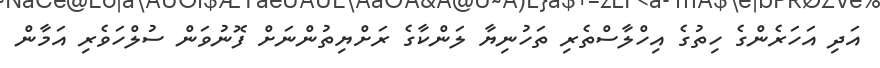
އަދި އަހަރެންގެ ހިތުގެ އިހްލާސްތެރި ތަހުނިޔާ ލަންކާގެ ރަށްޔިތުންނަށް ފޮނުވަން ސުލްހަވެރި އަމާން